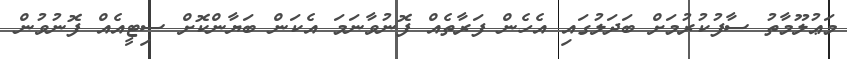
މަޢުލޫމާތު ސާފުކުރުމަށް ބަދަލުގައި އެހެން ފަރާތެއް ފޮނުވާނަމަ އެކަން ބަޔާންކޮށް ސިޓީއެއް ފޮނުވުން